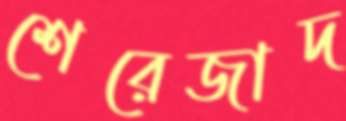
শেরেজাদ